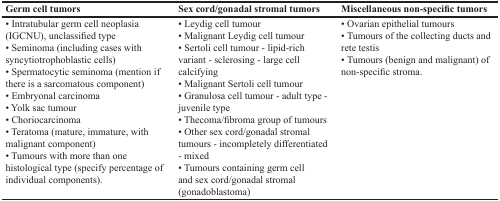
<table><thead><tr><td><b>Germ cell tumors</b></td><td><b>Sex cord/gonadal stromal tumors</b></td><td><b>Miscellaneous non-specific tumors</b></td></tr></thead><tbody><tr><td>• Intratubular germ cell neoplasia(IGCNU), unclassified type• Seminoma (including cases withsyncytiotrophoblastic cells)• Spermatocytic seminoma (mention ifthere is a sarcomatous component)• Embryonal carcinoma• Yolk sac tumour• Choriocarcinoma• Teratoma (mature, immature, withmalignant component)• Tumours with more than onehistological type (specify percentage ofindividual components).</td><td>• Leydig cell tumour• Malignant Leydig cell tumour• Sertoli cell tumour - lipid-richvariant - sclerosing - large cellcalcifying• Malignant Sertoli cell tumour• Granulosa cell tumour - adult type -juvenile type• Thecoma/fibroma group of tumours• Other sex cord/gonadal stromaltumours - incompletely differentiated- mixed• Tumours containing germ cell andsex cord/gonadal stromal(gonadoblastoma)</td><td>• Ovarian epithelial tumours• Tumours of the collecting ducts andrete testis• Tumours (benign and malignant) ofnon-specific stroma.</td></tr></tbody></table>